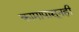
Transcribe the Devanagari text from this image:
कामापासूनही